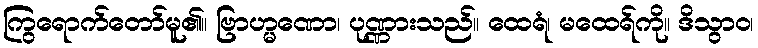
ကြွရောက်တော်မူ၏။ ဗြာဟ္မဏော၊ ပုဏ္ဏားသည်။ ထေရံ၊ မထေရ်ကို။ ဒိသွာဝ၊